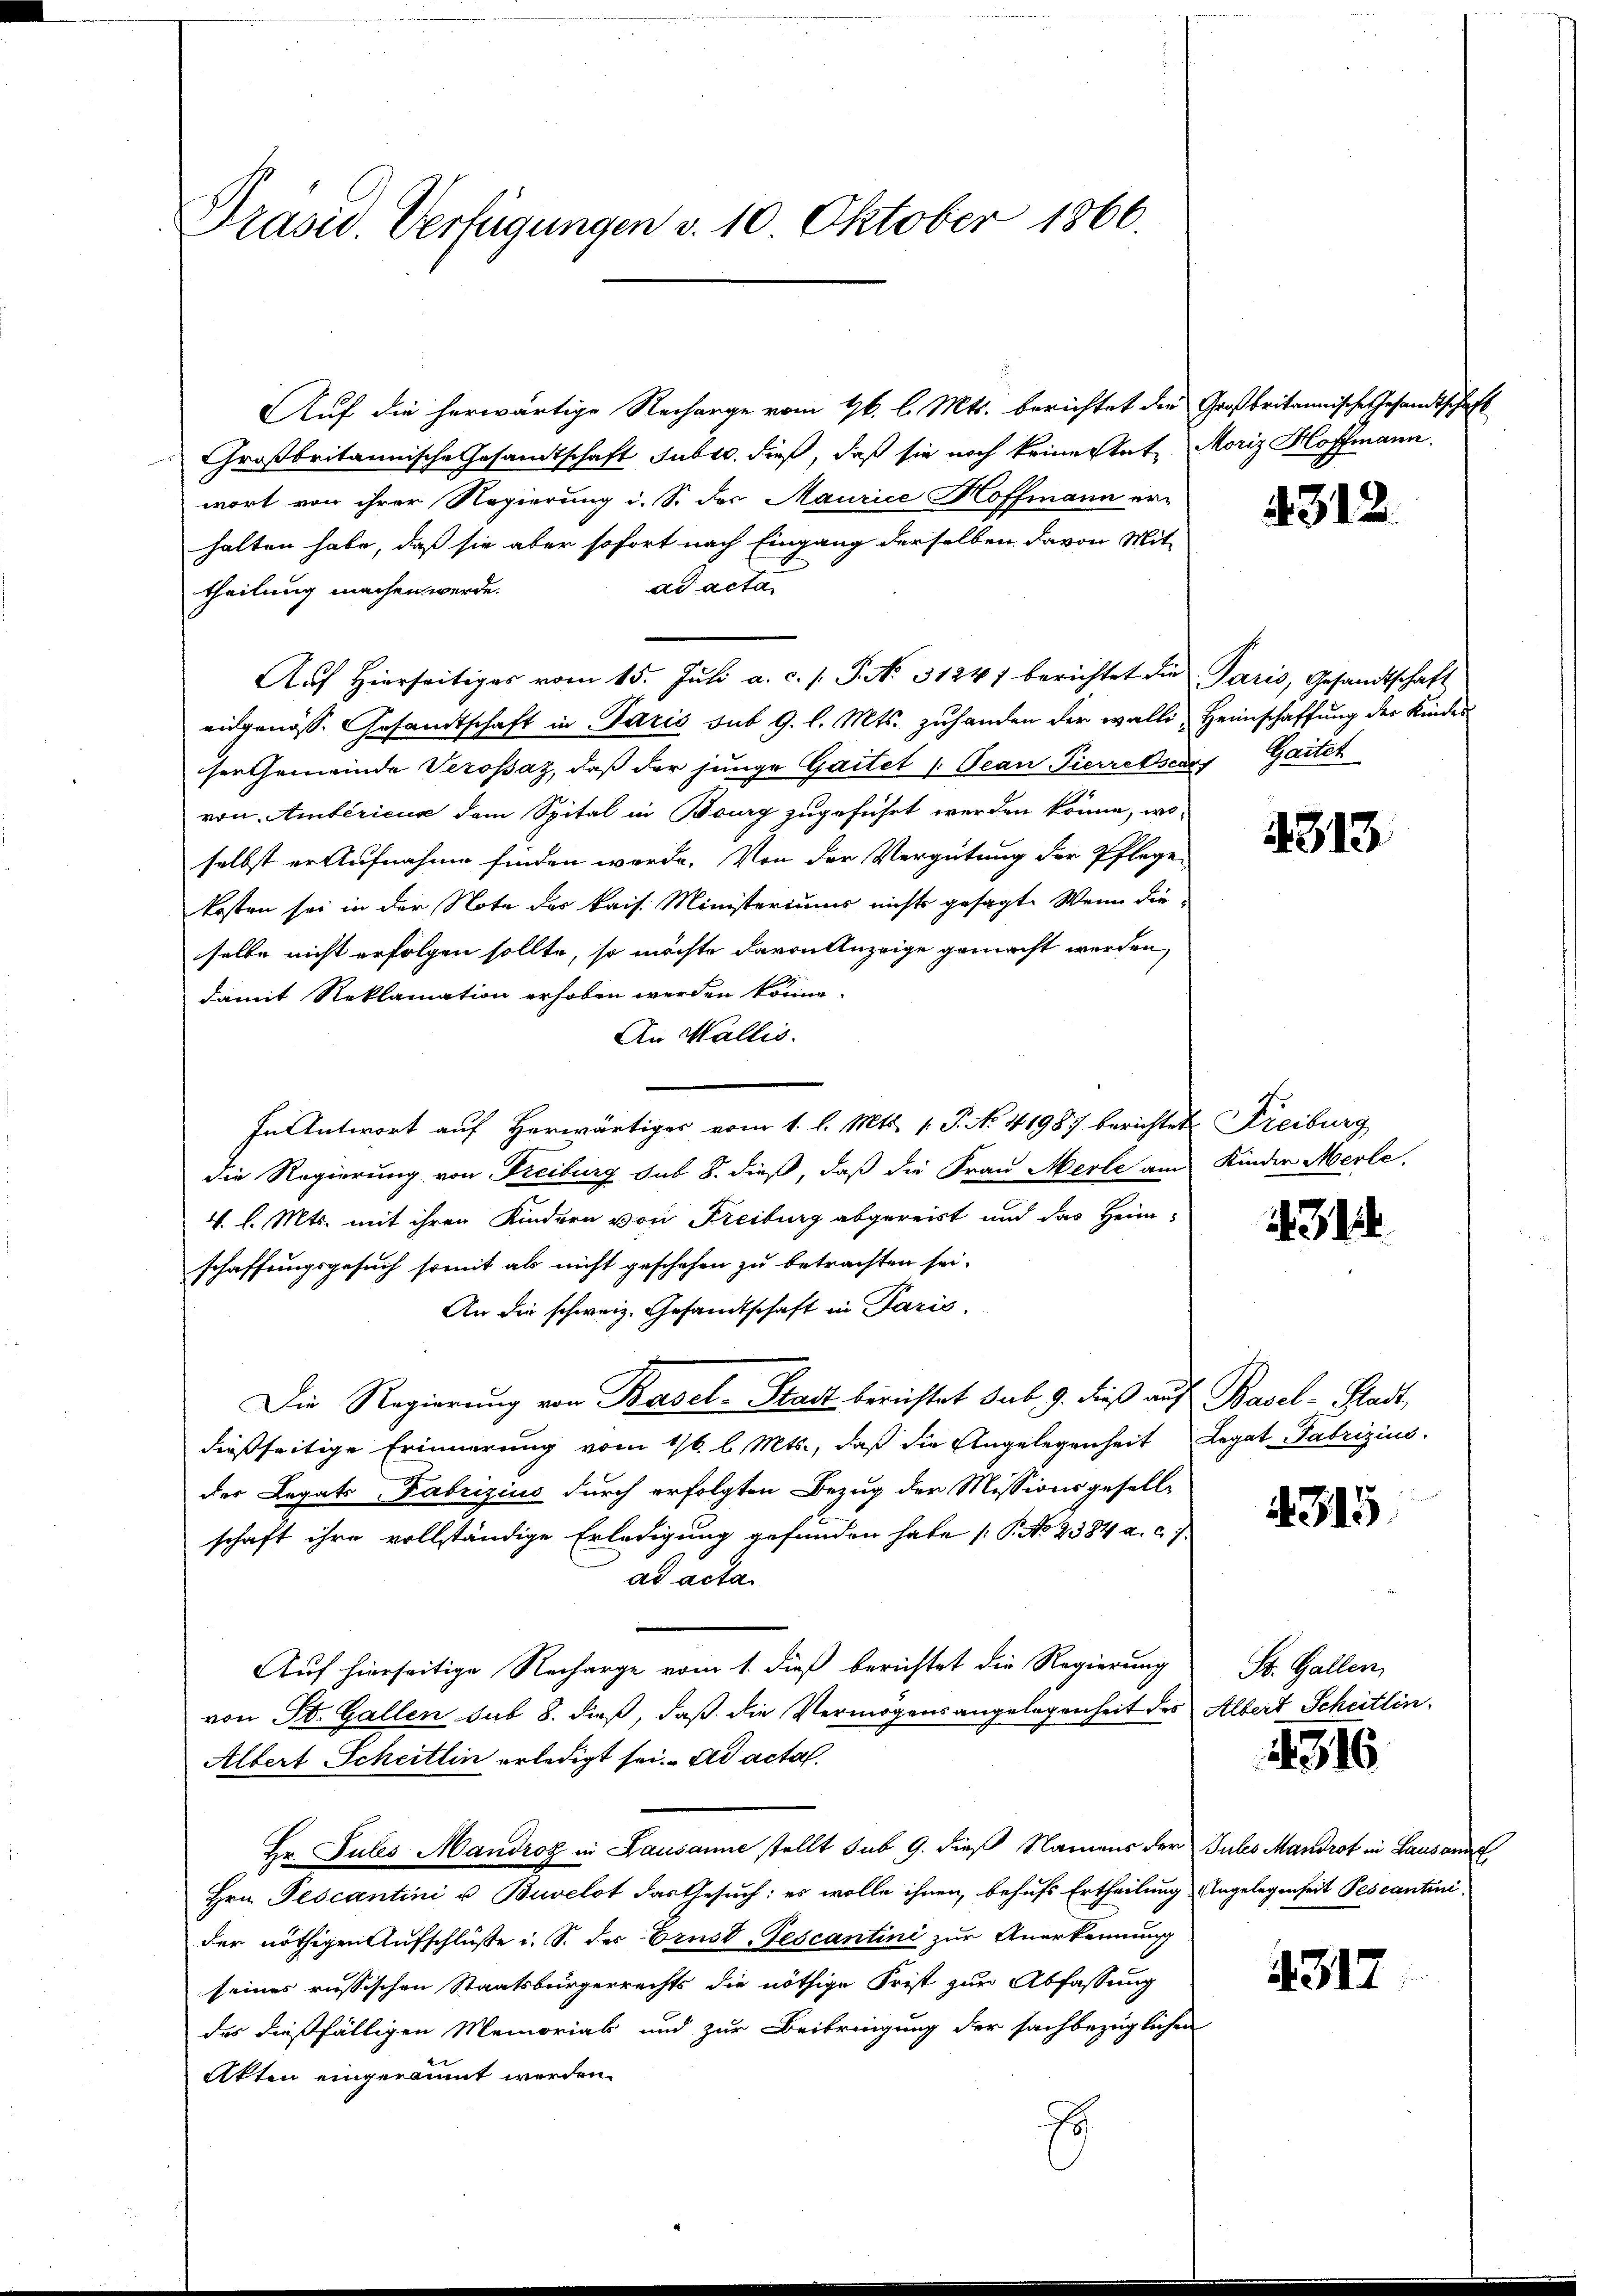
Präsid. Verfügungen v. 10. Oktober 1866.

Auf die herwärtige Recharge vom 16. l. Mts. berichtet die Großbritannische Gesandtschaf
Großbritannische Gesandtschaft subro dieß, daß sie noch keine state Moriz Hoffmann.
wort von ihrer Regierung i. S. des Maurice Hoffmann erhalten habe, daß sie aber sofort nach Eingang derselben davon Mit-
ad acta.
theilung machen werde.
Aŭf Hierseitiges vom 15. Jŭli a. c. s. S. No. 31241 berichtet die Paris, Gesandtschaft
eingenöss. Gesandtschaft in Paris sub 9. l. Mts. zuhanden der walli, Heimschaffung der Kinder
iser Gemeinde Verossaz, daß der junge Gartet (Oean Pierre ses Gartet
von Amtéricus dem Spital in Bourg zugeführt werden könne, woselbst er Aufnahme finden werde. Von der Vergütung der Pflege-
kosten sei in der Note des kais. Ministeriums nichts gesagt. Wenn die-
selbe nicht erfolgen sollte, so möchte davon Anzeige gemacht werden,
damit Reklamation erhoben werden könne.
An Wallis.
In Antwort auf Herwärtiges vom 1. l. Mts. 1. P. No 41987 berichtet Freiburg
die Regierung von Freiburg sub 8. dieß, daß die Frau Merle am
V. l. Mts. mit ihren Kindern von Freiburg abgereist und das Heim-
schaffungsgesuch somit als nicht geschehen zu betrachten sei.
An die schweiz. Gesandtschaft in Paris,
Die Regierung von Basel-Stadt berichtet sub 9. dieß auf Basel-Stadt,
dießseitige Erinnerung vom 1/6. l. Mts., daß die Angelegenheit Legat Fabrizius
der Legats Fabrizius durch erfolgten Bezug der Missionsgesell-
schaft ihre vollständige Erledigung gefunden habe [P. No 2384 a. c.
ad acta
Auf hierseitige Recharge vom 1. dieß berichtet die Regierung
von St. Gallen sub 8. dieß, daß die Vermögensangelegenheit des Albert Scheitlin
Albert Scheitlin erledigt sei. ad acta
Hr. Pules Mandroz in Lausanne stellt sub 9. dieß Namens der Puls Mandrot in Lausann
Hrn. Pescantini u. Buvelot das Gesuch: es wolle ihnen, behufs Ertheilung Angelegenheit Pescantini
der nöthigen Aufschlüße i. S. des Ernst-Fescantini zur Anerkennung
seines russischen Staatsbürgerrechts die nöthige Frist zur Abfassung
des dießfälligen Memorial und zur Beibringung der sachbezüglichen
Akten eingeräumt werden.

4312.

4813

Kinder Merle.

1. 314.

4315

St. Gallen,

1916

4317

2